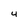
Character: 4